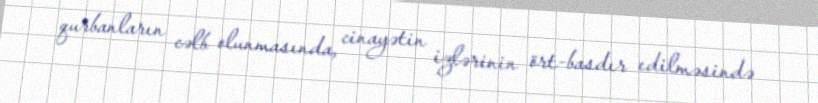
qurbanların cəlb olunmasında, cinayətin izlərinin ört-basdır edilməsində